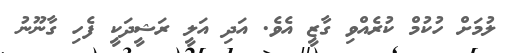
ލުމަށް ހުކުމް ކުރެއްވި ގާޒީ އެވެ. އަދި އަލީ ރަޝީދަކީ ފެހި ގާނޫނު